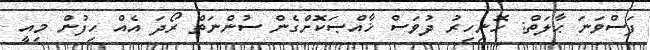
ފަސްވަނަ ޙާލަތް: ހޮނިހިރު ދުވަސް ޚާއްޞަކޮށްގެން ސުންނަތް ރޯދަ އެއް ހިފުން މިއީ